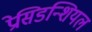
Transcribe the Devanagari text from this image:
प्रेसिडन्शियल